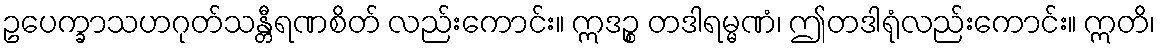
ဥပေက္ခာသဟဂုတ်သန္တီရဏစိတ် လည်းကောင်း။ ဣဒဉ္စ တဒါရမ္မဏံ၊ ဤတဒါရုံလည်းကောင်း။ ဣတိ၊